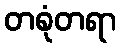
တစုံတရာ